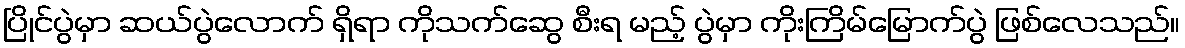
ပြိုင်ပွဲမှာ ဆယ်ပွဲလောက် ရှိရာ ကိုသက်ဆွေ စီးရ မည့် ပွဲမှာ ကိုးကြိမ်မြောက်ပွဲ ဖြစ်လေသည်။